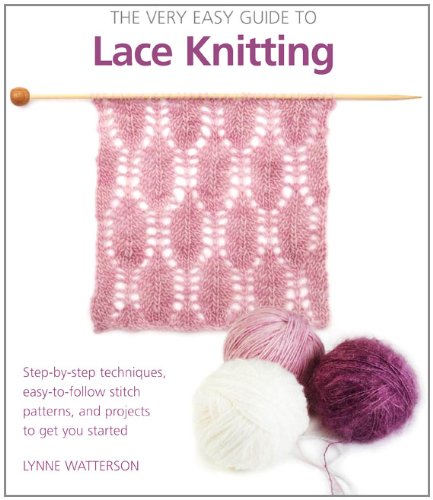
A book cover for The Very Easy Guide to Lace Knitting: Step-by-Step Techniques, Easy-to-Follow Stitch Patterns, and Projects to Get You Started; Lynne Watterson; Crafts, Hobbies & Home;